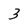
Character: 3